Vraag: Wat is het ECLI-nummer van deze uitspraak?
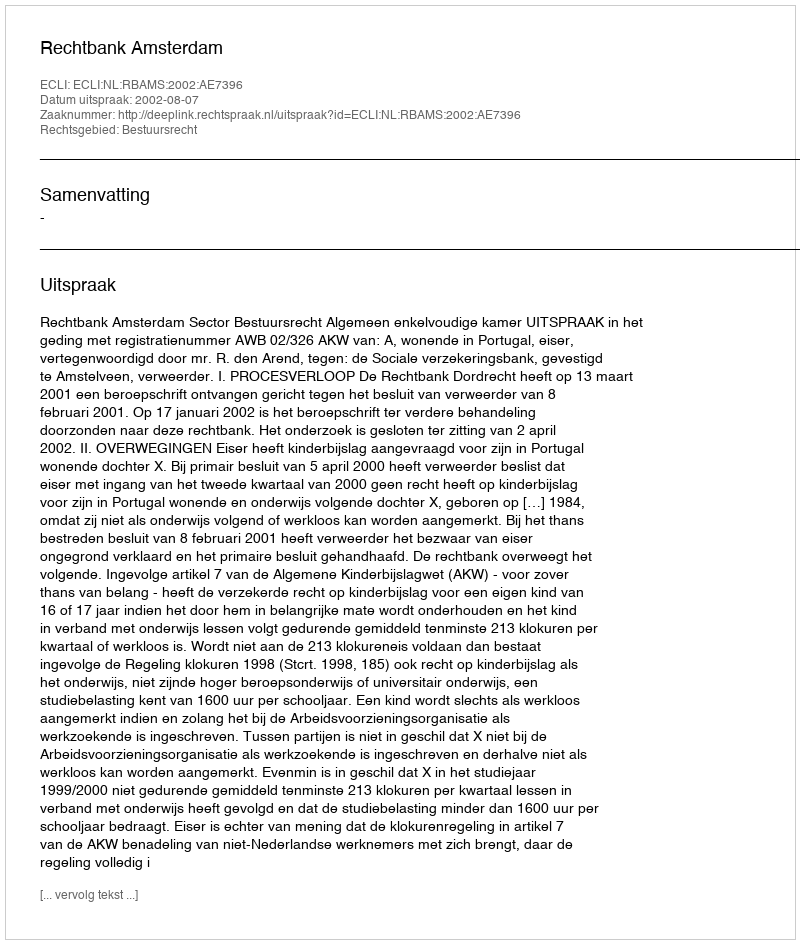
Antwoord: ECLI:NL:RBAMS:2002:AE7396